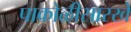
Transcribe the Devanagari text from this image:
पाकोळीसारखे